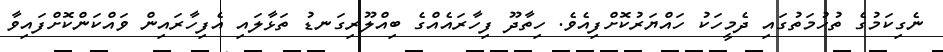
ނެގިކަމުގެ ތުހުމަތުގައި ދެމީހަކު ހައްޔަރުކޮށްފިއެވެ. ހިތާދޫ ފިހާރައެއްގެ ބިއްލޫރިގަނޑު ތަޅާލައި އެފިހާރައިން ވައްކަންކޮށްފައިވާ